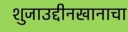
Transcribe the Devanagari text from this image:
शुजाउद्दीनखानाचा